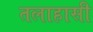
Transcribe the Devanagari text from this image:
तलाहासी